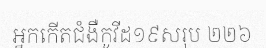
អ្នកកើតជំងឺកូវីដ១៩សរុប ២២៦